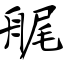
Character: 艉